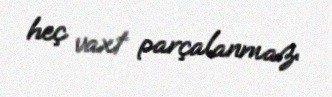
heç vaxt parçalanmaz.